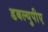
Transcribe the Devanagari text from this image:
डबल्युपीए